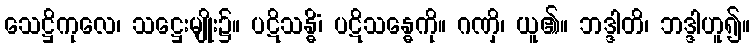
သေဋ္ဌိကုလေ၊ သဋ္ဌေးမျိုး၌။ ပဋိသန္ဓိံ၊ ပဋိသန္ဓေကို။ ဂဏှိ၊ ယူ၏။ ဘဒ္ဒါတိ၊ ဘဒ္ဒါဟူ၍။